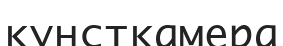
кунсткамера